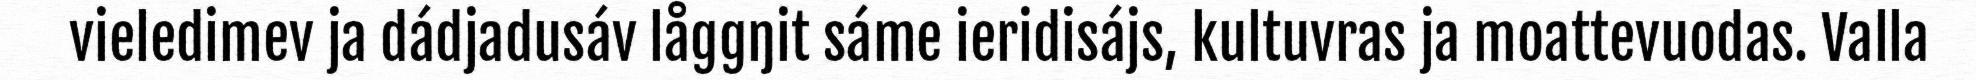
vieledimev ja dádjadusáv låggŋit sáme ieridisájs, kultuvras ja moattevuodas. Valla